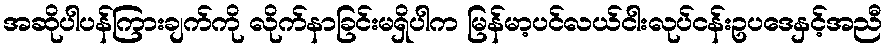
အဆိုပါပန်ကြားချက်ကို လိုက်နာခြင်းမရှိပါက မြန်မာ့ပင်လယ်ငါးလုပ်ငန်းဥပဒေနှင့်အညီ